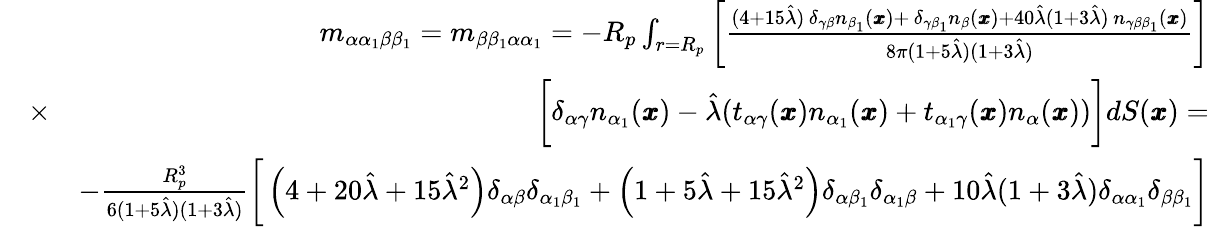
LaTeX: \begin{array}{rlr}&{}&{m_{\alpha{\alpha}_{1}\beta\beta_{1}}=m_{\beta\beta_{1}\alpha{\alpha}_{1}}=-R_{p}\int_{r=R_{p}}\left[\frac{(4+15\hat{\lambda})\, \delta_{\gamma\beta}n_{\beta_{1}}({\pmb x})+\, \delta_{\gamma\beta_{1}}n_{\beta}({\pmb x})+40\hat{\lambda}(1+3\hat{\lambda})\, n_{\gamma\beta\beta_{1}}({\pmb x})}{8\pi(1+5\hat{\lambda})(1+3\hat{\lambda})}\right]}\\ &{\times}&{\bigg[\delta_{\alpha\gamma}n_{\alpha_{1}}({\pmb x})-\hat{\lambda}(t_{\alpha\gamma}({\pmb x})n_{\alpha_{1}}({\pmb x})+t_{\alpha_{1}\gamma}({\pmb x})n_{\alpha}({\pmb x}))\bigg]dS({\pmb x})=}\\ &{}&{-\frac{R_{p}^{3}}{6(1+5\hat{\lambda})(1+3\hat{\lambda})}\bigg[\left(4+20\hat{\lambda}+15\hat{\lambda}^{2}\right)\delta_{\alpha\beta}\delta_{\alpha_{1}\beta_{1}}+\left(1+5\hat{\lambda}+15\hat{\lambda}^{2}\right)\delta_{\alpha\beta_{1}}\delta_{\alpha_{1}\beta}+10\hat{\lambda}(1+3\hat{\lambda})\delta_{\alpha\alpha_{1}}\delta_{\beta\beta_{1}}\bigg]}\end{array}